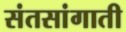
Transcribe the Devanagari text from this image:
संतसांगाती